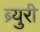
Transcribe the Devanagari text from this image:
ब्र्युरी